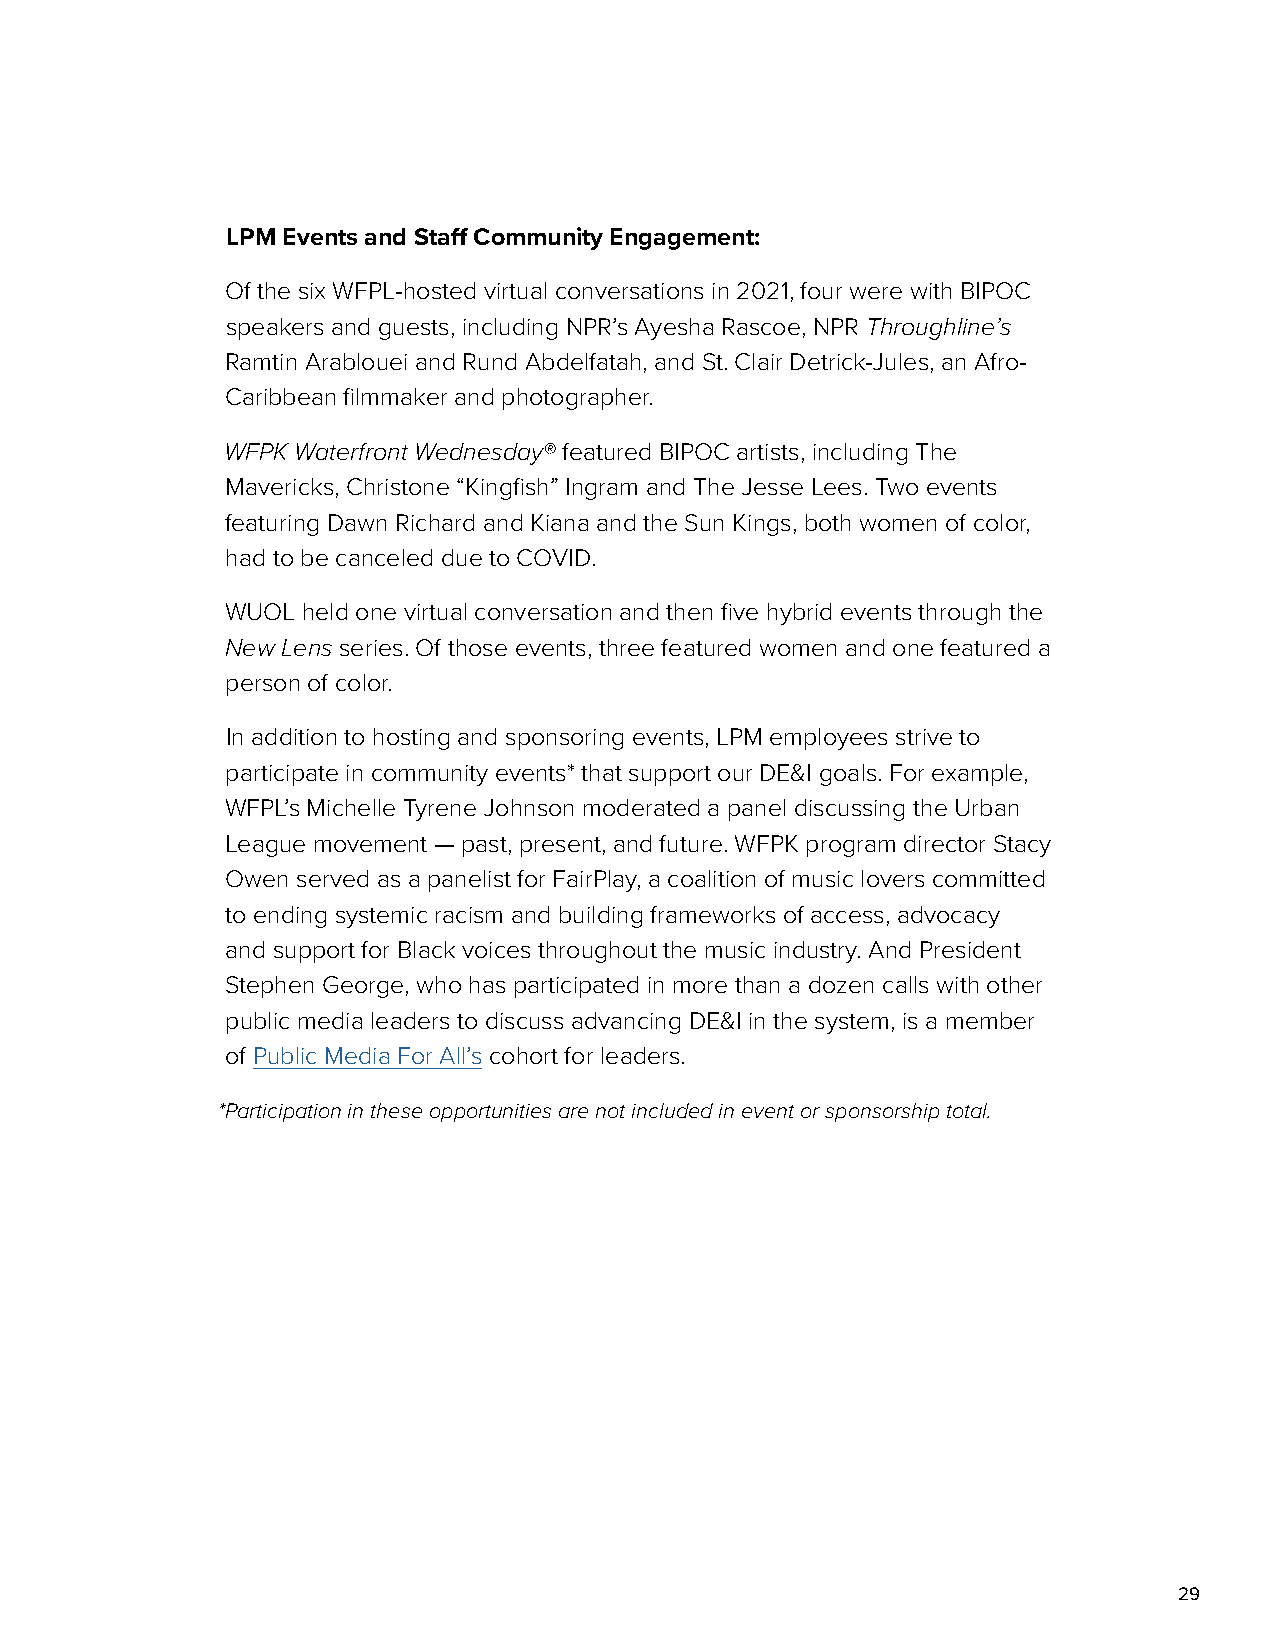
LPM Events and Staff Community Engagement:
 Of the six WFPL-hosted virtual conversations in 2021, four were with BIPOC
 speakers and guests, including NPR’s Ayesha Rascoe, NPR Throughline’s
 Ramtin Arablouei and Rund Abdelfatah, and St. Clair Detrick-Jules, an Afro-
 Caribbean filmmaker and photographer.
 WFPK Waterfront Wednesday® featured BIPOC artists, including The
 Mavericks, Christone “Kingfish” Ingram and The Jesse Lees. Two events
 featuring Dawn Richard and Kiana and the Sun Kings, both women of color,
 had to be canceled due to COVID.
 WUOL held one virtual conversation and then five hybrid events through the
 New Lens series. Of those events, three featured women and one featured a
 person of color.
 In addition to hosting and sponsoring events, LPM employees strive to
 participate in community events* that support our DE&I goals. For example,
 WFPL’s Michelle Tyrene Johnson moderated a panel discussing the Urban
 League movement — past, present, and future. WFPK program director Stacy
 Owen served as a panelist for FairPlay, a coalition of music lovers committed
 to ending systemic racism and building frameworks of access, advocacy
 and support for Black voices throughout the music industry. And President
 Stephen George, who has participated in more than a dozen calls with other
 public media leaders to discuss advancing DE&I in the system, is a member
 of Public Media For All’s cohort for leaders.
 *Participation in these opportunities are not included in event or sponsorship total.
 29